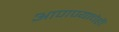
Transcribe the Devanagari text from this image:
आणण्याचेही